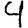
Digit: 4